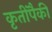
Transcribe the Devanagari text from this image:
कृतींपैकी